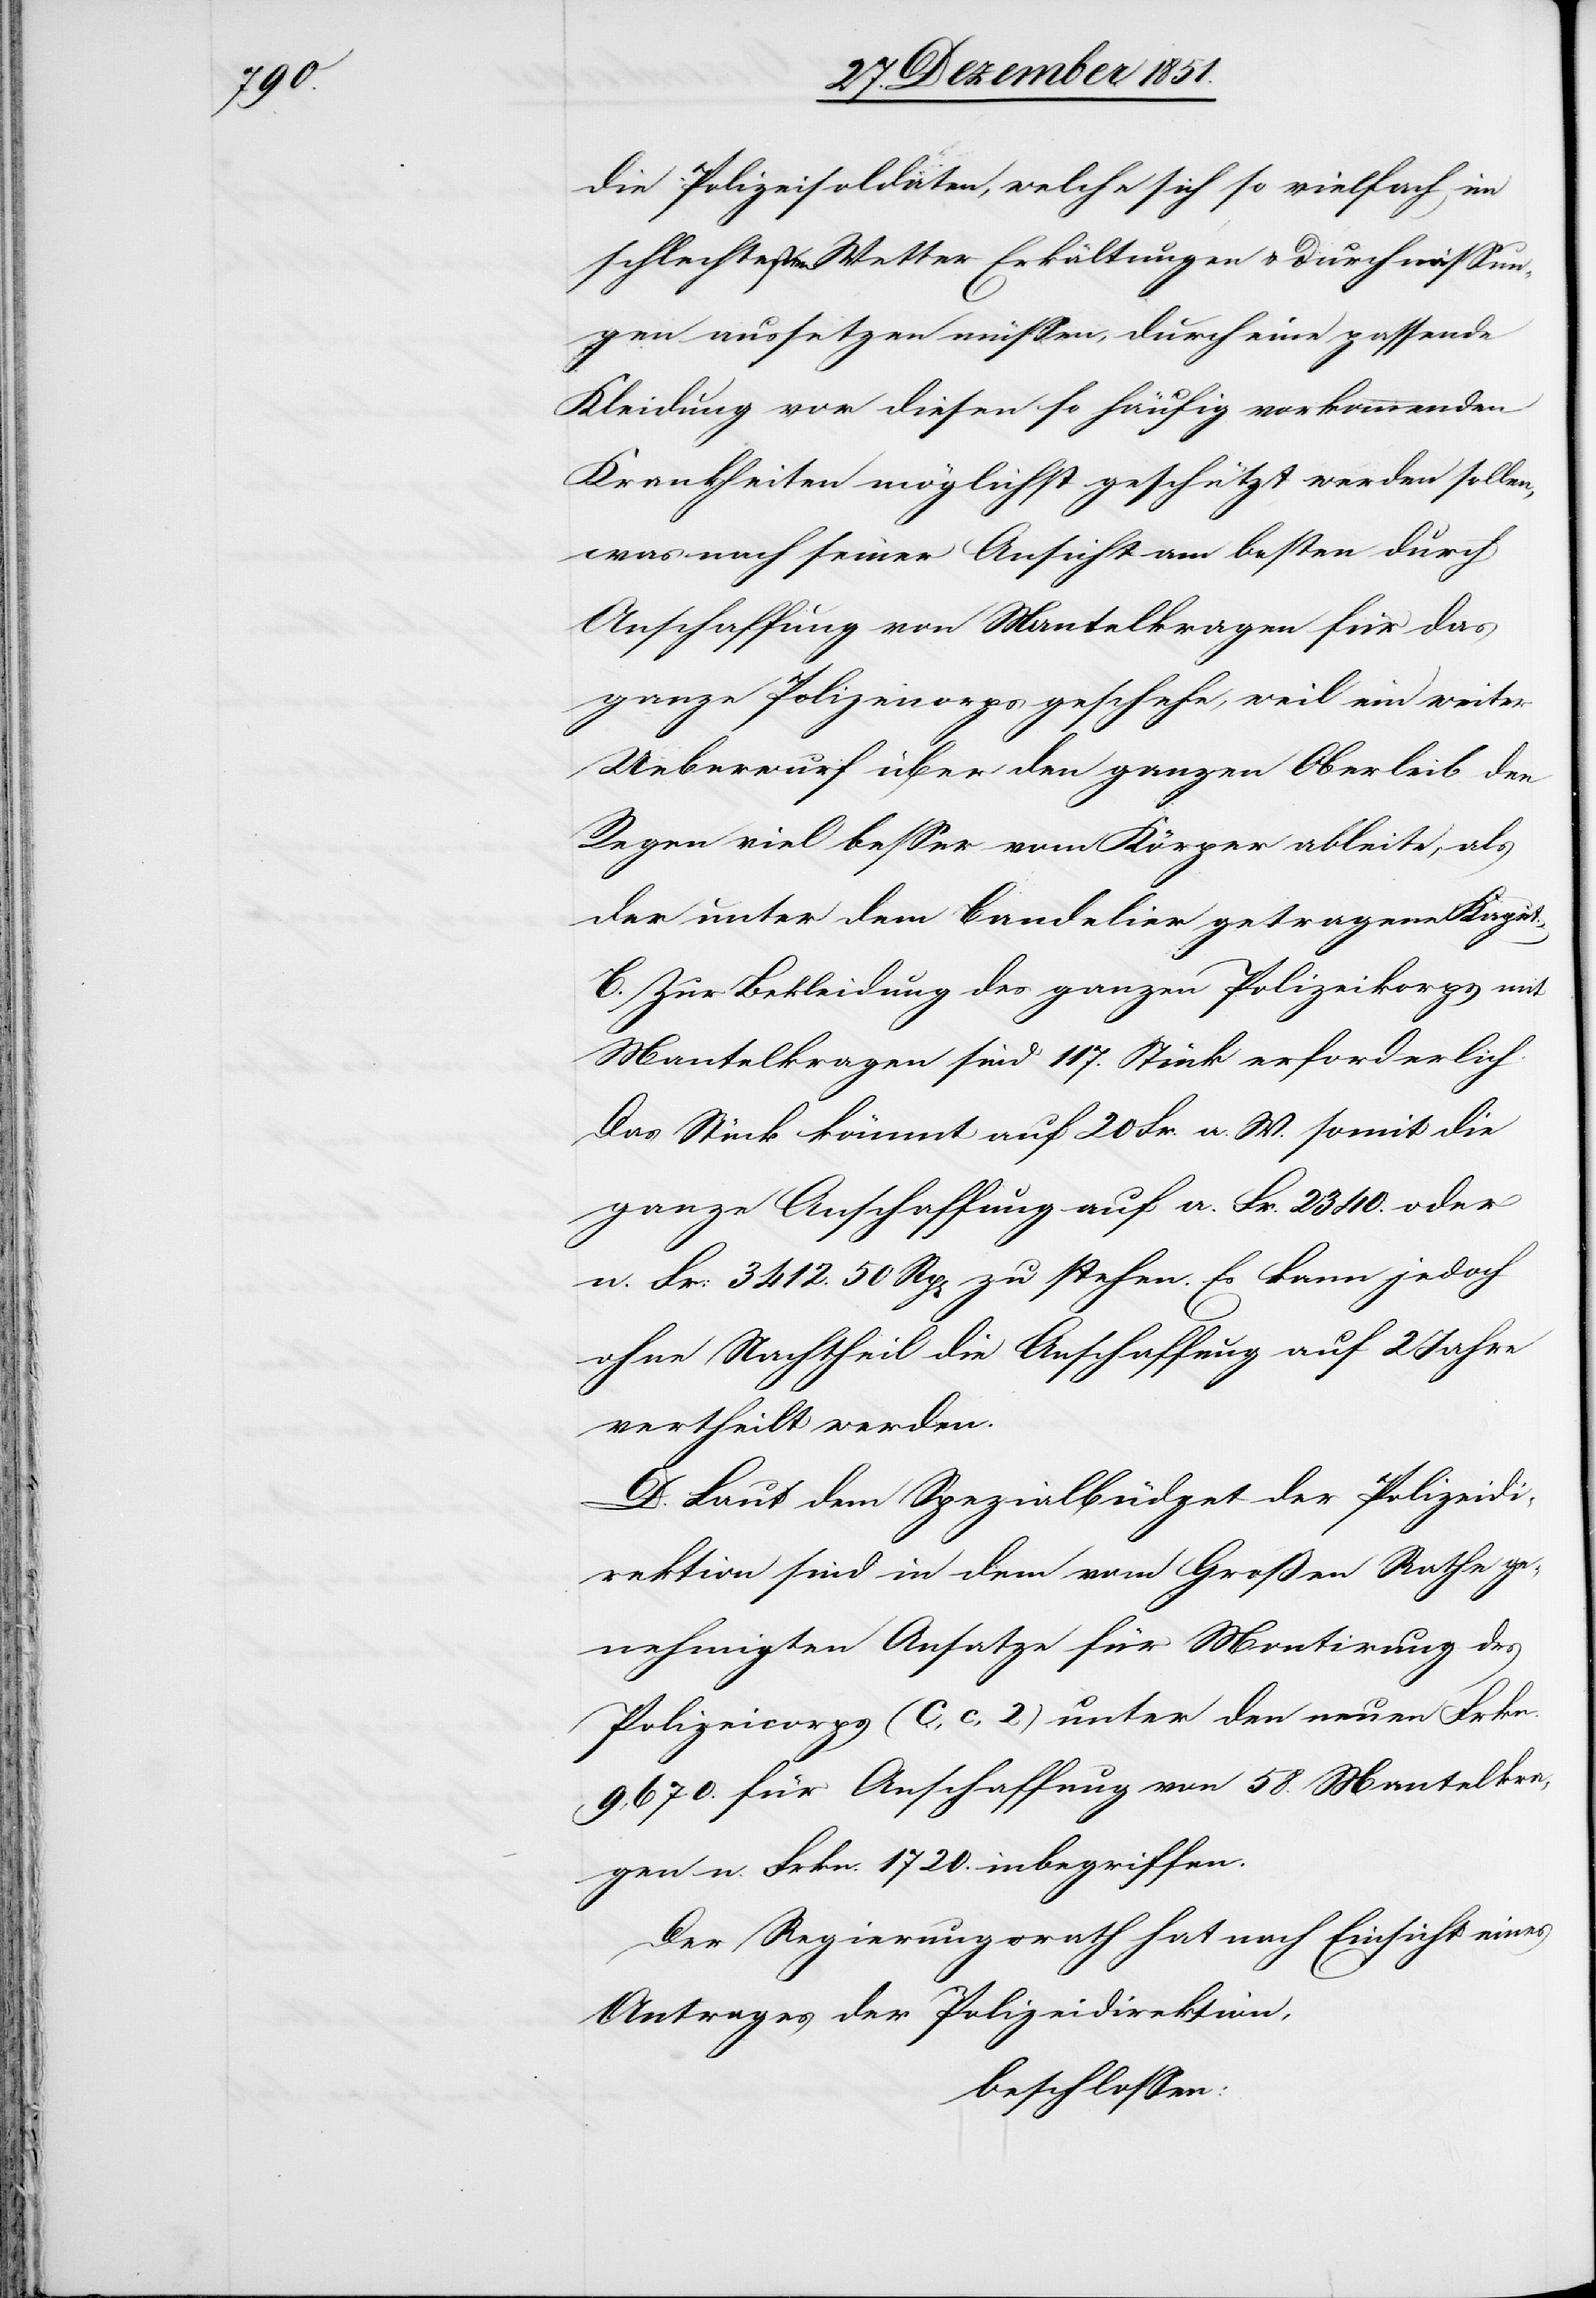
die Polizeisoldaten, welche sich so vielfach im
schlechtesten Wetter Erkältungen & Durchnässun¬
gen aussetzen müssen, durch eine passende
Kleidung vor diesen so häufig vorkommenden
Krankheiten möglichst geschützt werden sollen,
was nach seiner Ansicht am besten durch
Anschaffung von Mantelkragen für das
ganze Polizeicorps geschehe, weil ein weiter
Ueberwurf über den ganzen Oberleib den
Regen viel besser vom Körper ableite, als
der unter dem Bandelier getragene Kaput.
C. Zur Bekleidung des ganzen Polizeikorps mit
Mantelkragen sind 117. Stück erforderlich.
Das Stück kömmt auf 20 Fr. a. W. somit die
ganze Anschaffung auf a. Fr. 2340. oder
n. Fr: 3412. 50 Rp[en] zu stehen. Es kann jedoch
ohne Nachtheil die Anschaffung auf 2 Jahre
vertheilt werden.
D. Laut dem Spezialbüdget der Polizeidi¬
rektion sind in dem vom Großen Rathe ge¬
nehmigten Ansatze für Montirung des
Polizeicorps (C, c, 2) unter den neuen Frkn.
9,670. für Anschaffung von 58. Mantelkra¬
gen n. Frkn. 1720. inbegriffen.
Der Regierungsrath hat nach Einsicht eines
Antrages der Polizeidirektion,
beschlossen: